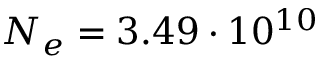
N _ { e } = 3 . 4 9 \cdot 1 0 ^ { 1 0 }